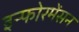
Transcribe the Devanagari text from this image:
इन्फोरमेंसन